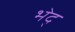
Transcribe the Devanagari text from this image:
भेद्